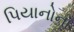
પિયાનોના